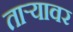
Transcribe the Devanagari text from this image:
ताऱ्यावर